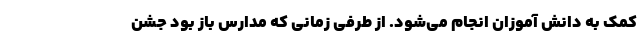
کمک به دانش آموزان انجام می‌شود. از طرفی زمانی که مدارس باز بود جشن